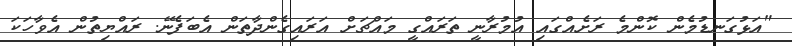
"އަޅުގަނޑުމެން ކޮންމެ ރަށެއްގައި އުމުރާނީ ތަރައްގީ މައްޗަށް އަރައިގެންދާތަން އެބަފެނޭ. ރައްޔިތުން އެވާހަކަ